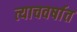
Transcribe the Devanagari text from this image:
त्याचवर्षात